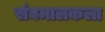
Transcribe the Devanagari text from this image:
संघमालकला